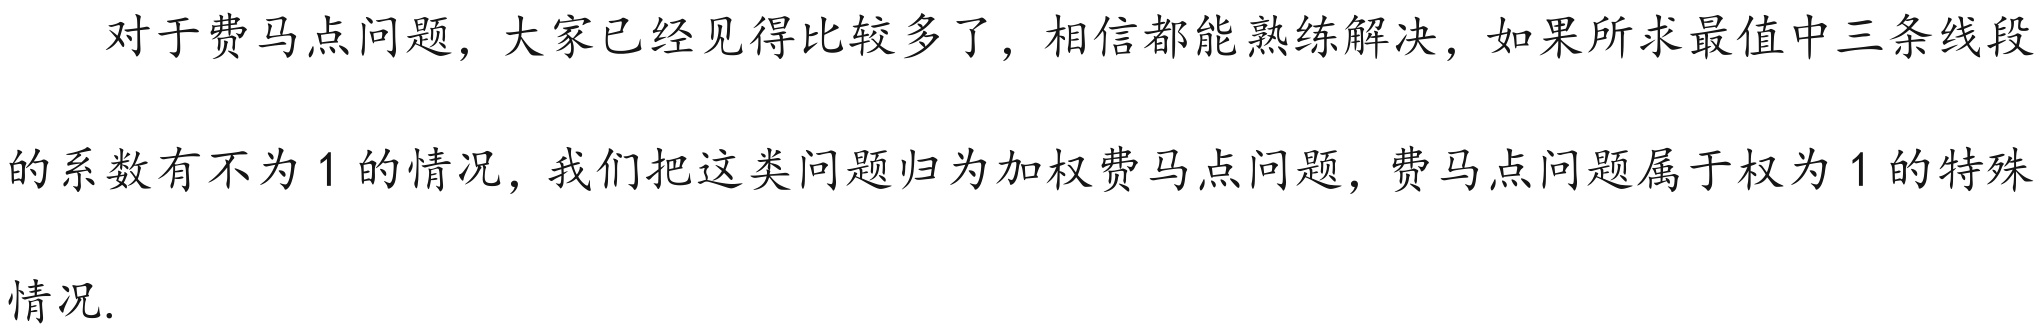
对于费马点问题，大家已经见得比较多了，相信都能熟练解决，如果所求最值中三条线段
的系数有不为 \(1\) 的情况，我们把这类问题归为加权费马点问题，费马点问题属于权为 \(1\) 的特殊
情况.